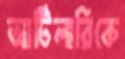
আর্টিলারিকে